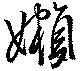
嬾